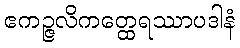
ဧကဉ္ဇလိကတ္ထေရဿာပဒါနံ